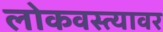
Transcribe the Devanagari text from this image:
लोकवस्त्यावर